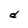
Character: d